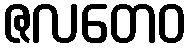
ဇလတေဝ